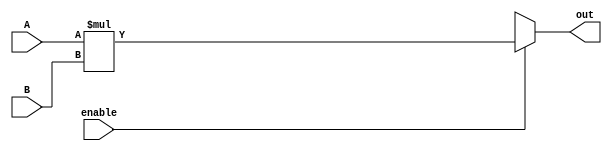
`timescale 1ns / 1ps
//////////////////////////////////////////////////////////////////////////////////
// Company: 
// Engineer: 
// 
// Design Name: 
// Module Name: multiplier
// Project Name: 
// Target Devices: 
// Tool Versions: 
// Description: 
// 
// Dependencies: 
// 
// Revision:
// Revision 0.01 - File Created
// Additional Comments:
// 
//////////////////////////////////////////////////////////////////////////////////


module multiplier(input [3:0] A, B, input enable, output reg [7:0] out

    );
    always @(enable, A,B) begin
    out = 8'bxxxxxxxx;
    if (enable)
        out = A*B;
    end
endmodule